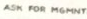
ASK FOR MGMNT